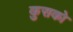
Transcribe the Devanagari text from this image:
कुसको